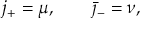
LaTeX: j _ { + } = \mu , \qquad \bar { \jmath } _ { - } = \nu ,